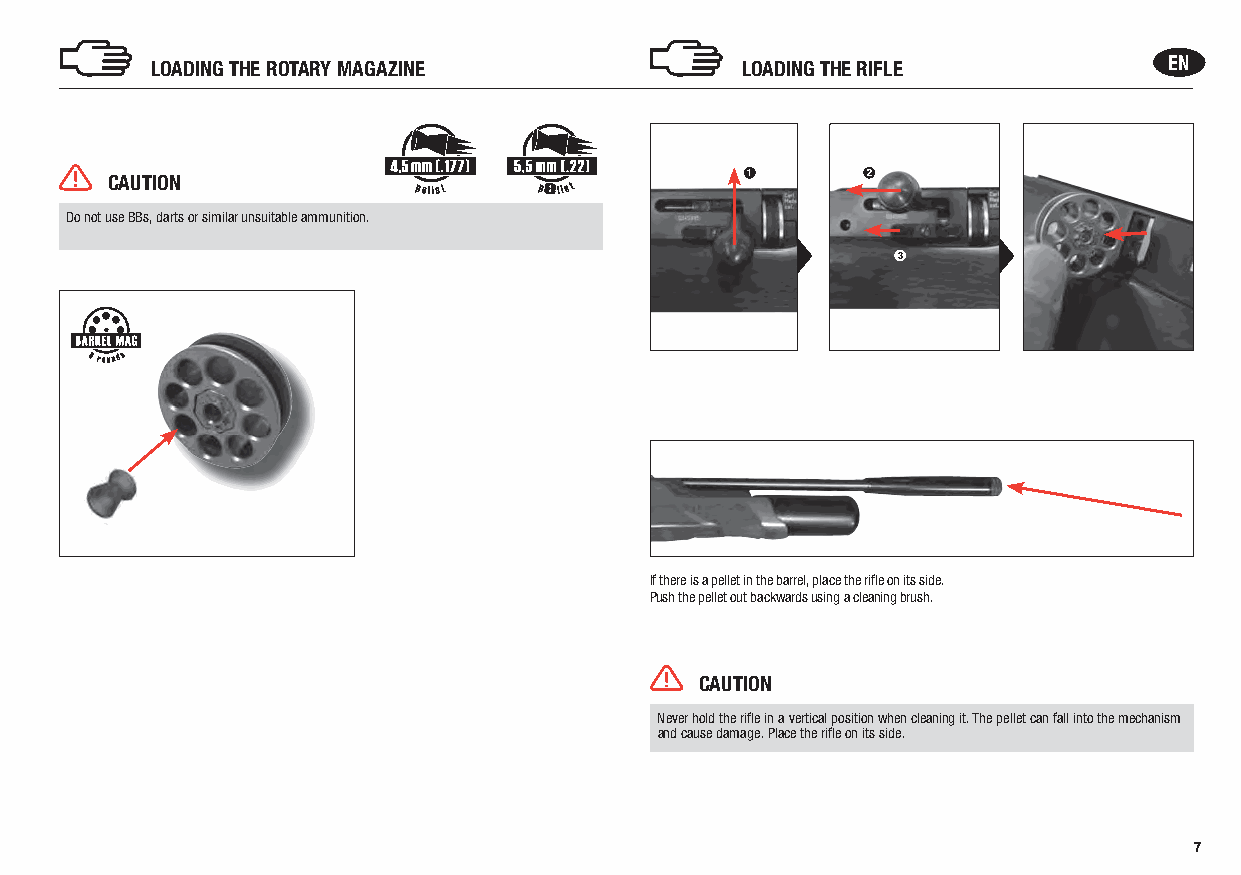
LOADING THE ROTARY MAGAZINE            LOADING THE RIFLE           EN
 CAUTION                                   1       2
 p        p
 Do not use BBs, darts or similar unsuitable ammunition.
 3
 If there is a pellet in the barrel, place the rifle on its side.
 Push the pellet out backwards using a cleaning brush.
 CAUTION
 Never hold the rifle in a vertical position when cleaning it. The pellet can fall into the mechanism
 and cause damage. Place the rifle on its side.
 7